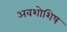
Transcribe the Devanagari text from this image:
अवशोशिष